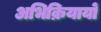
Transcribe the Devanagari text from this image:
अभिक्रियायों